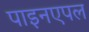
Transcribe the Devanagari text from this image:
पाइनएपल